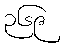
၃၆၉